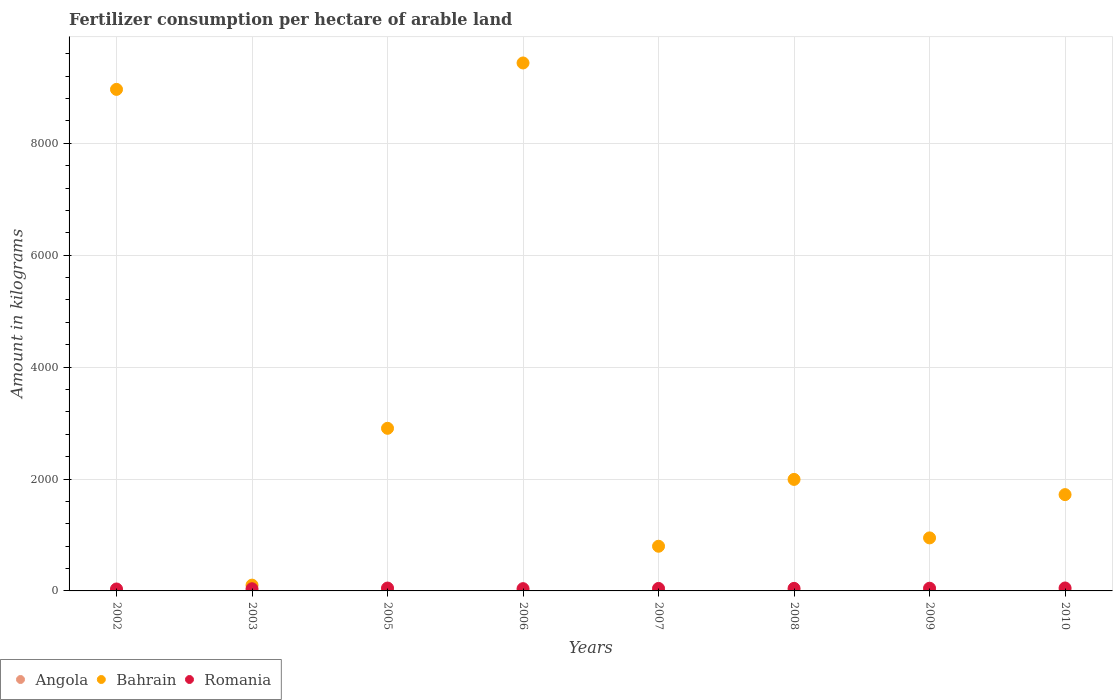
| Years | Angola | Bahrain | Romania |
 | --- | --- | --- | --- |
 | 2002 | 1.66 | 8.96e+03 | 34.8 |
 | 2003 | 1.79 | 104 | 38.6 |
 | 2005 | 2.26 | 2.91e+03 | 51.4 |
 | 2006 | 3.66 | 9.44e+03 | 40.6 |
 | 2007 | 3.31 | 799 | 44.6 |
 | 2008 | 8.26 | 1.99e+03 | 45.6 |
 | 2009 | 5.47 | 948 | 48.5 |
 | 2010 | 8.43 | 1.72e+03 | 52.5 |